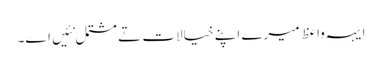
ایہہ واعظ میرے اپنے خیالات تے مشتمل نئیں اے۔